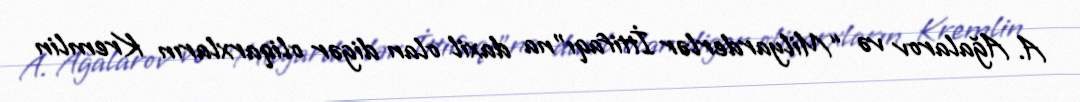
A. Ağalarov və “Milyarderlər İttifaqı”na daxil olan digər oliqarxların Kremlin